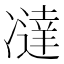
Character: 𰄍